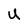
Character: U